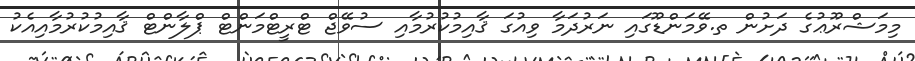
މިމަޝްރޫޢުގެ ދަށުން ތ.ވޭމަންޑޫގައި ނަރުދަމާ ވިއުގަ ޤާއިމުކުރުމާއި ސުވޭޖް ޓްރީޓްމަންޓް ޕްލާންޓް ޤާއިމުކުރުމާއިއެކު